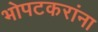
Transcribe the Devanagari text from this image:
भोपटकरांना